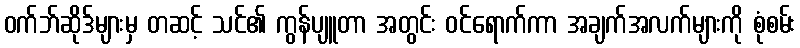
ဝက်ဘ်ဆိုဒ်များမှ တဆင့် သင်၏ ကွန်ပျူတာ အတွင်း ဝင်ရောက်ကာ အချက်အလက်များကို စုံစမ်း